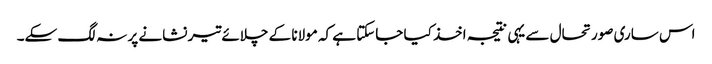
اس ساری صورتحال سے یہی نتیجہ اخذ کیا جاسکتا ہے کہ مولانا کے چلائے تیر نشانے پر نہ لگ سکے۔